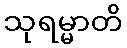
သုရမ္မာတိ